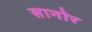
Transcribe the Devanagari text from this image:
सानोर